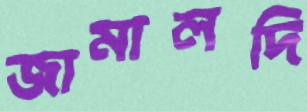
জামালদি